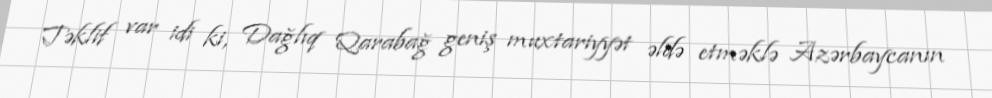
Təklif var idi ki, Dağlıq Qarabağ geniş muxtariyyət əldə etməklə Azərbaycanın